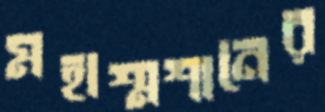
মহাশ্মশানের